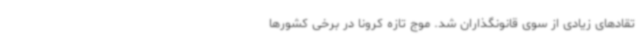
تقادهای زیادی از سوی قانونگذاران شد. موج تازه کرونا در برخی کشورها